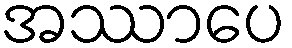
အဿာပေ